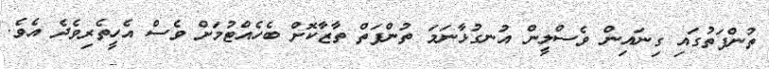
ތުންފަތުގައި ގިނައިން ވެސްލީން އުނގުޅާނަމަ ތުންފަތް ތާޒާކޮށް ބެހެއްޓުމަށް ވެސް އެހީތެރިވެދެ އެވެ.